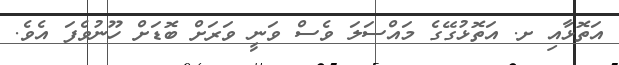
އަތޮޅާއި ށ. އަތޮޅުގޭގެ މައްސަލަ ވެސް ވަނީ ވަރަށް ބޮޑަށް ހޫނުވެފަ އެވެ.